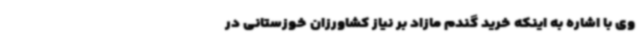
وی با اشاره به اینکه خرید گندم مازاد بر نیاز کشاورزان خوزستانی در